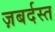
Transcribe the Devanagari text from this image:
ज़बर्दस्‍त